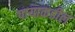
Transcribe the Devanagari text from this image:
पायाकडील